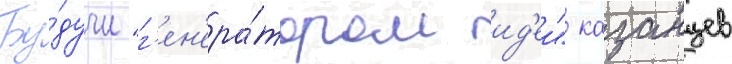
Бу́дучи "г'ен'ера́тором ид'еи" казанцев